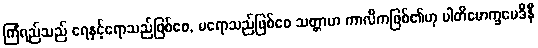
ကြံရည်သည် ရေနှင့်ရောသည်ဖြစ်စေ, မရောသည်ဖြစ်စေ သတ္တာဟ ကာလိကဖြစ်၏ဟု ပါတိမောက္ခမေဒိနီ